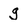
Character: g